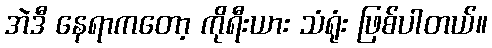
အဲဒီ နေရာကတော့ ကိုရီးယား သံရုံး ဖြစ်ပါတယ်။